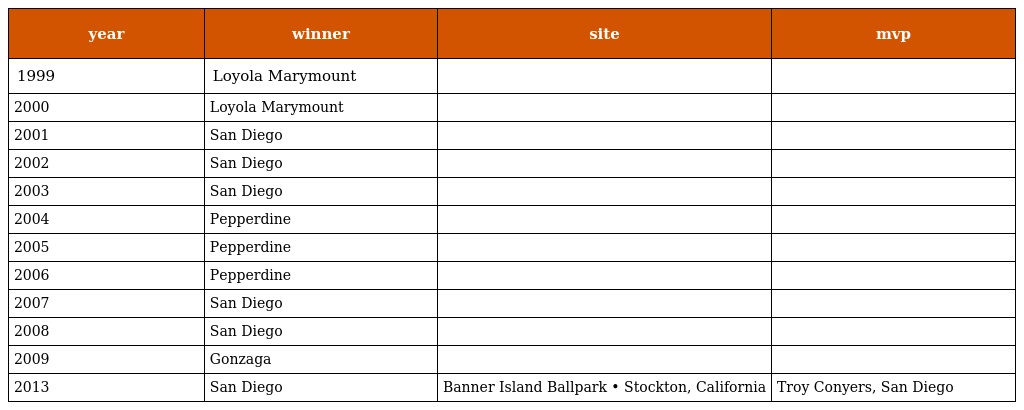
| year | winner | site | mvp |
 | --- | --- | --- | --- |
 | 1999 | Loyola Marymount |  |  |
 | 2000 | Loyola Marymount |  |  |
 | 2001 | San Diego |  |  |
 | 2002 | San Diego |  |  |
 | 2003 | San Diego |  |  |
 | 2004 | Pepperdine |  |  |
 | 2005 | Pepperdine |  |  |
 | 2006 | Pepperdine |  |  |
 | 2007 | San Diego |  |  |
 | 2008 | San Diego |  |  |
 | 2009 | Gonzaga |  |  |
 | 2013 | San Diego | Banner Island Ballpark • Stockton, California | Troy Conyers, San Diego |